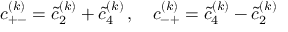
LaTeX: c _ { + - } ^ { ( k ) } = \tilde { c } _ { 2 } ^ { ( k ) } + \tilde { c } _ { 4 } ^ { ( k ) } \, , \quad c _ { - + } ^ { ( k ) } = \tilde { c } _ { 4 } ^ { ( k ) } - \tilde { c } _ { 2 } ^ { ( k ) } \,